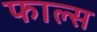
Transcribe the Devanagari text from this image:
फाल्‍स